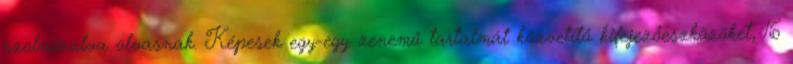
szolmizálva olvasnak. Képesek egy-egy zenemű tartalmát közvetítő kifejezőeszközöket, 16